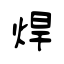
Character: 焊